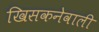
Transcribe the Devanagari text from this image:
खिसकनेवाली